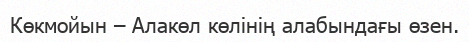
Көкмойын – Алакөл көлінің алабындағы өзен.